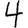
Digit: 4